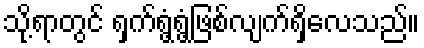
သို့ရာတွင် ရှက်ရွံ့ရွံ့ဖြစ်လျက်ရှိလေသည်။